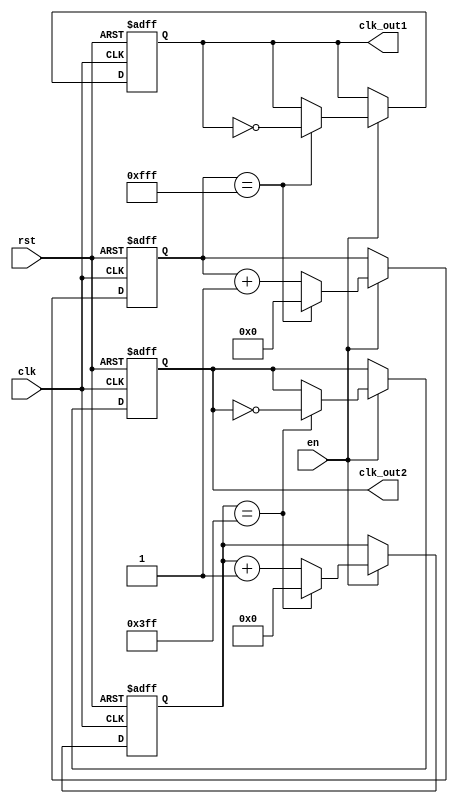
module dual_modulus_clock_divider (
    input wire clk,
    input wire rst,
    input wire en,
    output reg clk_out1,
    output reg clk_out2
);

reg [11:0] counter1;
reg [9:0] counter2;

always @ (posedge clk or posedge rst) begin
    if (rst) begin
        counter1 <= 12'b0;
        counter2 <= 10'b0;
        clk_out1 <= 1'b0;
        clk_out2 <= 1'b0;
    end else begin
        if (en) begin
            if (counter1 == 12'b111111111111) begin
                counter1 <= 12'b0;
                clk_out1 <= ~clk_out1;
            end else begin
                counter1 <= counter1 + 1;
            end
            if (counter2 == 10'b1111111111) begin
                counter2 <= 10'b0;
                clk_out2 <= ~clk_out2;
            end else begin
                counter2 <= counter2 + 1;
            end
        end
    end
end

endmodule